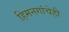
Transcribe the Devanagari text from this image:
हिमनगांचेही